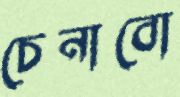
চেনাবো